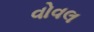
વોવલ